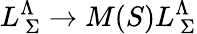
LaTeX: L_{\ \Sigma}^{\Lambda}\to M(S)L_{\ \Sigma}^{\Lambda}